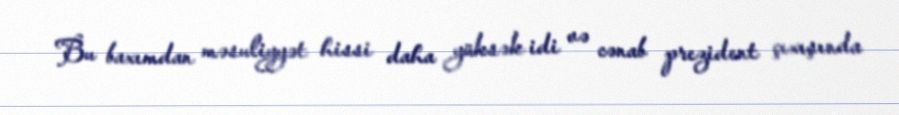
Bu baxımdan məsuliyyət hissi daha yüksək idi və cənab prezident çıxışında